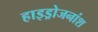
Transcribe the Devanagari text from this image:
हाइड्रोजनांश